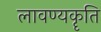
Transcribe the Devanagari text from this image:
लावण्यकॄति